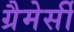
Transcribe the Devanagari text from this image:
ग्रैमेर्सी